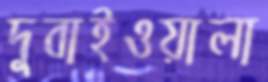
দুবাইওয়ালা